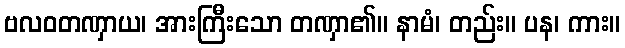
ဗလဝတဏှာယ၊ အားကြီးသော တဏှာ၏။ နာမံ၊ တည်း။ ပန၊ ကား။